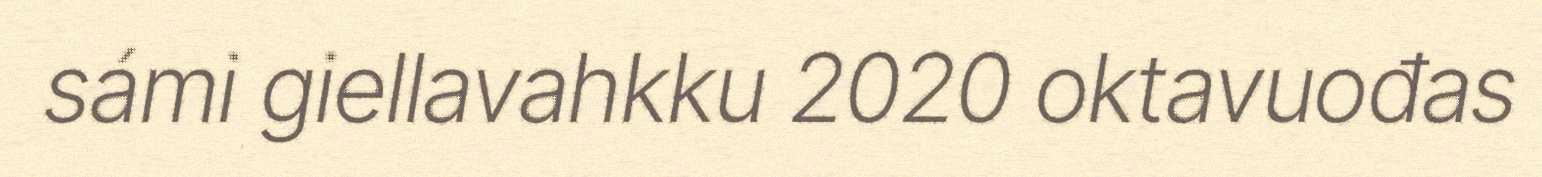
sámi giellavahkku 2020 oktavuođas